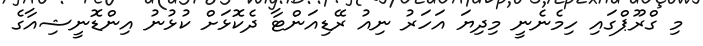
މި ގްރޫޕްގައި ހިމެނެނީ މިދިޔަ އަހަރު ނިއު ރޭޑިއަންޓާ ދެކޮޅަށް ކުޅުނު އިންޑޮނީޝިއާގެ